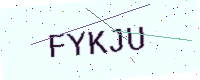
Text: FYKJU